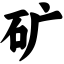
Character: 矿